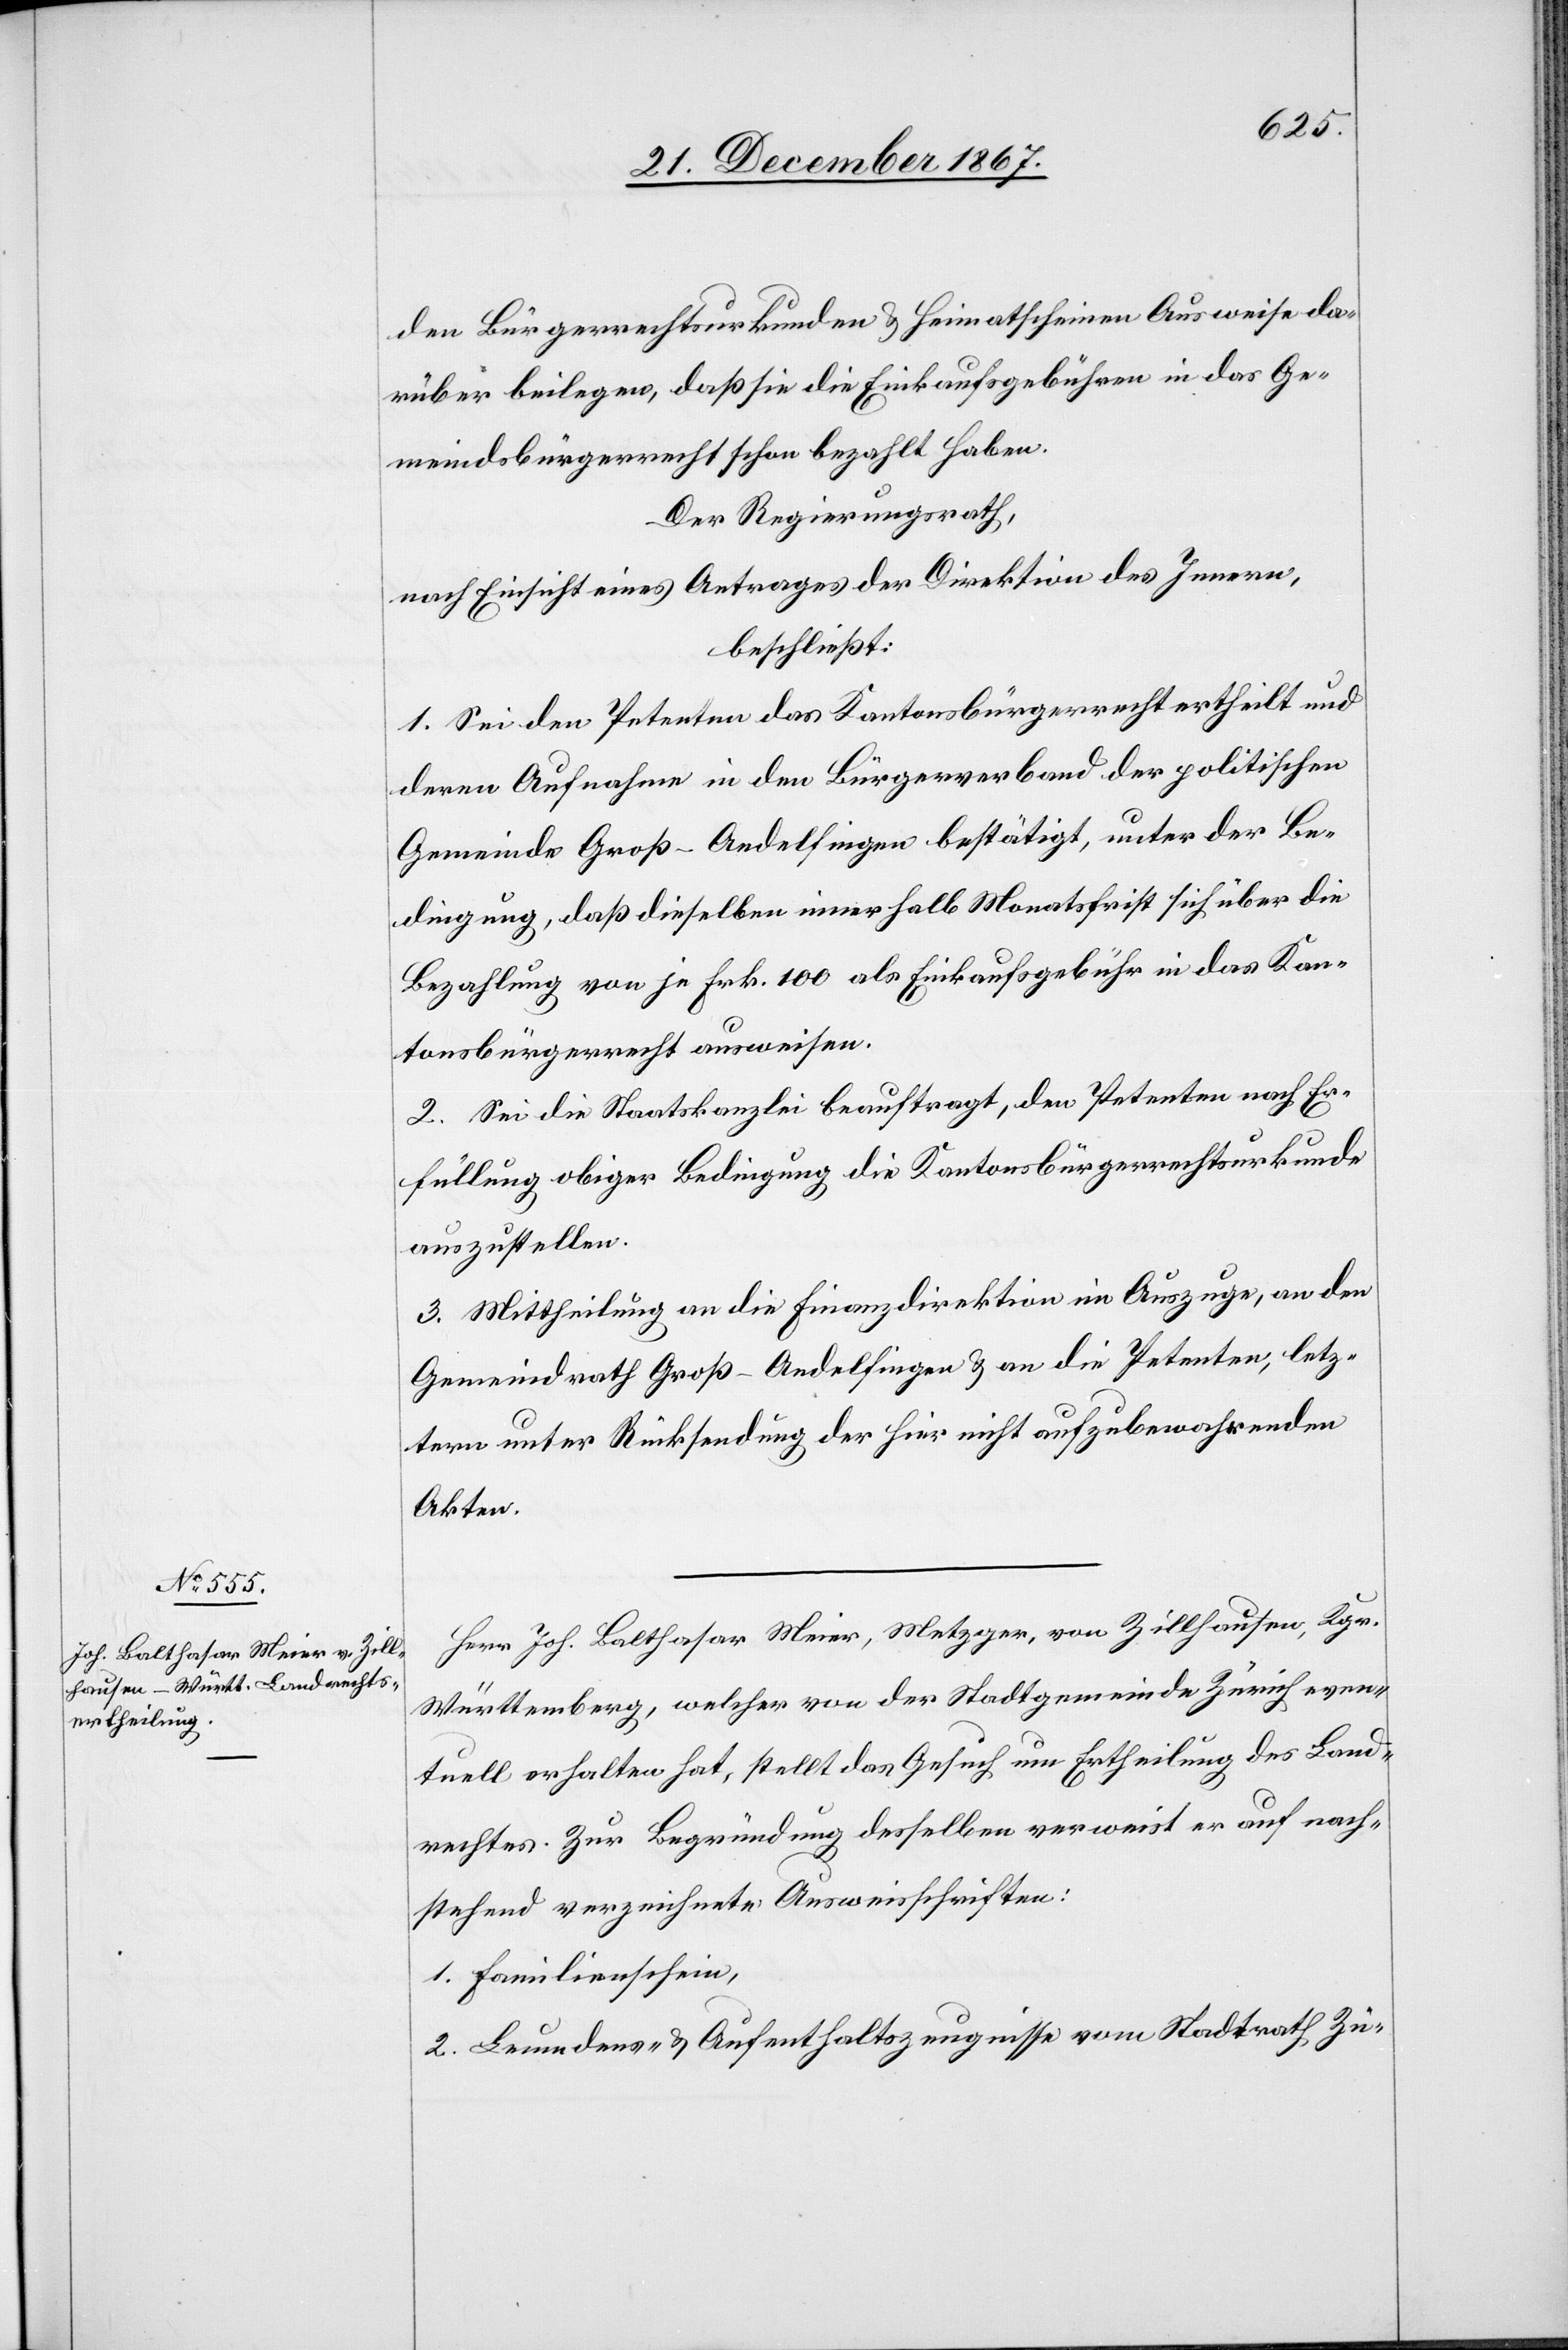
Bürge¬
den Bürgerrechtsurkunden u. Heimatscheinen Ausweise da¬
rüber beilegen, daß sie die Einkaufsgebühren in das Ge¬
meindsbürgerrecht schon bezahlt haben.
Der Regierungsrath,
nach Einsicht eines Antrages der Direktion des Innern,
beschließt:
1. Sei den Petenten das Kantonsbürgerrecht ertheilt und
deren Aufnahme in den Bürgerverband der politischen
Gemeinde Groß-Andelfingen bestätigt, unter der Be¬
dingung, daß dieselben innerhalb Monatsfrist sich über die
Bezahlung von je Frk. 100 als Einkaufsgebühr in das Kan¬
tonsbürgerrecht ausweisen.
2. Sei die Staatskanzlei beauftragt, den Petenten nach Er¬
füllung obiger Bedingung die Kantonsbürgerrechtsurkunde
auszustellen.
3. Mittheilung an die Finanzdirektion im Auszuge, an den
Gemeindrath Groß-Andelfingen u. an die Petenten, letz¬
tern unter Rücksendung der hier nicht aufzubewahrenden
Akten.
Herr Joh. Balthasar Meier, Metzger, von Zillhausen, Kgr.
Württemberg, welcher von der Stadtgemeidne Zürich even¬
rrecht] erhalten hat, stellt das Gesuch um Ertheilung des Land¬
rechtes. Zur Begründung desselben verweist er auf nach¬
stehend verzeichnete Ausweisschriften:
1. Familienschein,
2. Leumdens- u. Aufenthaltszeugnisse vom Stadtrath Zü-